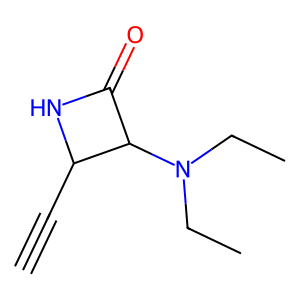
SMILES: C#CC1NC(=O)C1N(CC)CC
Inhibits HIV replication: No